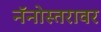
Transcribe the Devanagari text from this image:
नॅनोस्तरावर